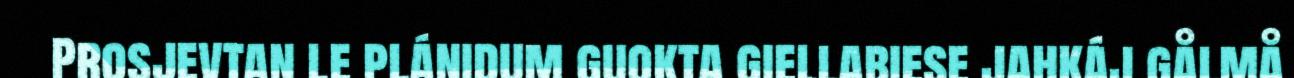
Prosjevtan le plánidum guokta giellabiese jahkáj gålmå